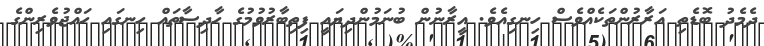
ދެމެދު ބޮޑެތި އަރާރުންތަކެއްވެސް ހިނގިއެވެ. އީރާނުން ބުނަމުންދިޔައީ ފިތިބާރުވުމުގެ ހާދިސާތައް ހިނގައި ހައްޖުވެރިންގެ